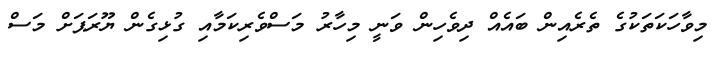
މިވާހަކަތަކުގެ ތެރެއިން ބައެއް ދިވެހިން ވަނީ މިހާރު މަސްވެރިކަމާއި ގުޅިގެން ޔޫރަޕަށް މަސް